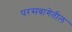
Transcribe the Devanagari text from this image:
परसबागेतील